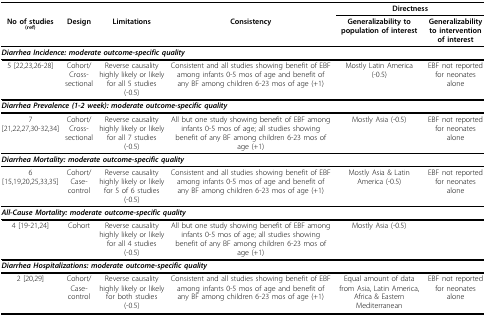
<table><thead><tr><td></td><td></td><td></td><td></td><td colspan="2"><b>Directness</b></td></tr><tr><td><b>No of studies <sup>(ref)</sup></b></td><td><b>Design</b></td><td><b>Limitations</b></td><td><b>Consistency</b></td><td><b>Generalizability to population of interest</b></td><td><b>Generalizability to intervention of interest</b></td></tr></thead><tbody><tr><td colspan="6"><i><b>Diarrhea Incidence: moderate outcome-specific quality</b></i></td></tr><tr><td>5 [22,23,26-28]</td><td>Cohort/Cross-sectional</td><td>Reverse causality highly likely or likely for all 5 studies (-0.5)</td><td>Consistent and all studies showing benefit of EBF among infants 0-5 mos of age and benefit of any BF among children 6-23 mos of age (+1)</td><td>Mostly Latin America (-0.5)</td><td>EBF not reported for neonates alone</td></tr><tr><td colspan="6"><i><b>Diarrhea Prevalence (1-2 week): moderate outcome-specific quality</b></i></td></tr><tr><td>7 [21,22,27,30-32,34]</td><td>Cohort/Cross-sectional</td><td>Reverse causality highly likely or likely for all 7 studies (-0.5)</td><td>All but one study showing benefit of EBF among infants 0-5 mos of age; all studies showing benefit of any BF among children 6-23 mos of age (+1)</td><td>Mostly Asia (-0.5)</td><td>EBF not reported for neonates alone</td></tr><tr><td colspan="6"><i><b>Diarrhea Mortality: moderate outcome-specific quality</b></i></td></tr><tr><td>6 [15,19,20,25,33,35]</td><td>Cohort/Case-control</td><td>Reverse causality highly likely or likely for 5 of 6 studies (-0.5)</td><td>Consistent and all studies showing benefit of EBF among infants 0-5 mos of age and benefit of any BF among children 6-23 mos of age (+1)</td><td>Mostly Asia &amp; Latin America (-0.5)</td><td>EBF not reported for neonates alone</td></tr><tr><td colspan="6"><i><b>All-Cause Mortality: moderate outcome-specific quality</b></i></td></tr><tr><td>4 [19-21,24]</td><td>Cohort</td><td>Reverse causality highly likely or likely for all 4 studies (-0.5)</td><td>All but one study showing benefit of EBF among infants 0-5 mos of age; all studies showing benefit of any BF among children 6-23 mos of age (+1)</td><td>Mostly Asia (-0.5)</td><td></td></tr><tr><td colspan="6"><i><b>Diarrhea Hospitalizations: moderate outcome-specific quality</b></i></td></tr><tr><td>2 [20,29]</td><td>Cohort/Case-control</td><td>Reverse causality highly likely or likely for both studies (-0.5)</td><td>Consistent and all studies showing benefit of EBF among infants 0-5 mos of age and benefit of any BF among children 6-23 mos of age (+1)</td><td>Equal amount of data from Asia, Latin America, Africa &amp; Eastern Mediterranean</td><td>EBF not reported for neonates alone</td></tr></tbody></table>